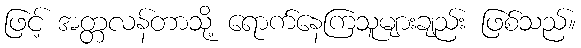
ဖြင့် အတ္တလန်တာသို့ ရောက်နေကြသူများချည်း ဖြစ်သည်။